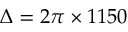
\Delta = 2 \pi \times 1 1 5 0